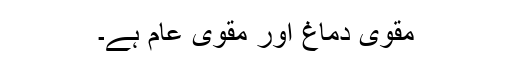
مقوی دماغ اور مقوی عام ہے۔